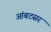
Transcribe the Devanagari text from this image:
आंबटसर